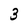
Character: 3